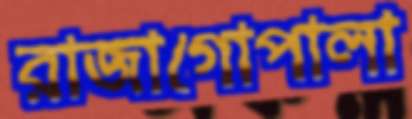
রাজাগোপালা